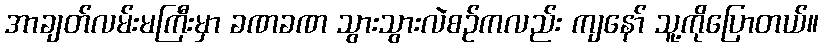
အာချတ်လမ်းမကြီးမှာ ခဏခဏ သွားသွားလဲစဉ်ကလည်း ကျနော် သူ့ကိုပြောတယ်။